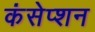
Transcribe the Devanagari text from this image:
कंसेप्शन